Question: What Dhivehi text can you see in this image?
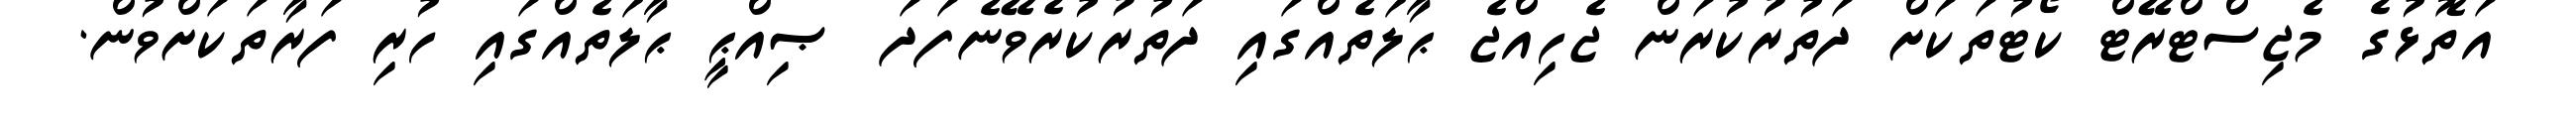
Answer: އަތޮޅުގެ މެޖިސްޓްރޭޓް ކޯޓުތަކަށް ދަތުރުކުރަން ޖެހިއްޖެ ޙާލަތެއްގައި ދަތުރުކުރެވޭނެފަދަ ޞިއްޙީ ޙާލަތެއްގައި ހުރި ފަރާތަކަށްވުން.